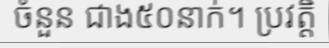
ចំនួន ជាង៥០នាក់។ ប្រវត្តិ